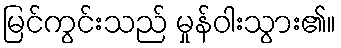
မြင်ကွင်းသည် မှုန်ဝါးသွား၏။